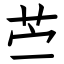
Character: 苎